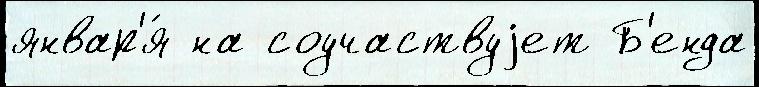
январ'я́ на соучаствуjет Б'енда